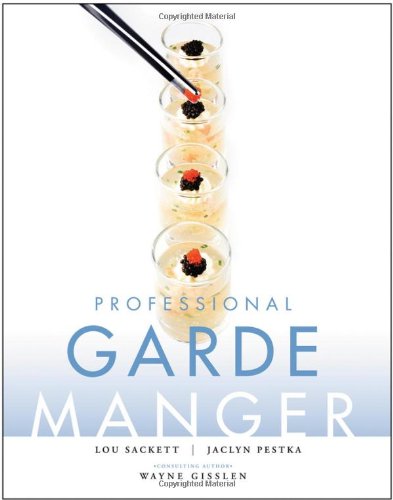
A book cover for Professional Garde Manger: A Comprehensive Guide to Cold Food Preparation; Lou Sackett; Cookbooks, Food & Wine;